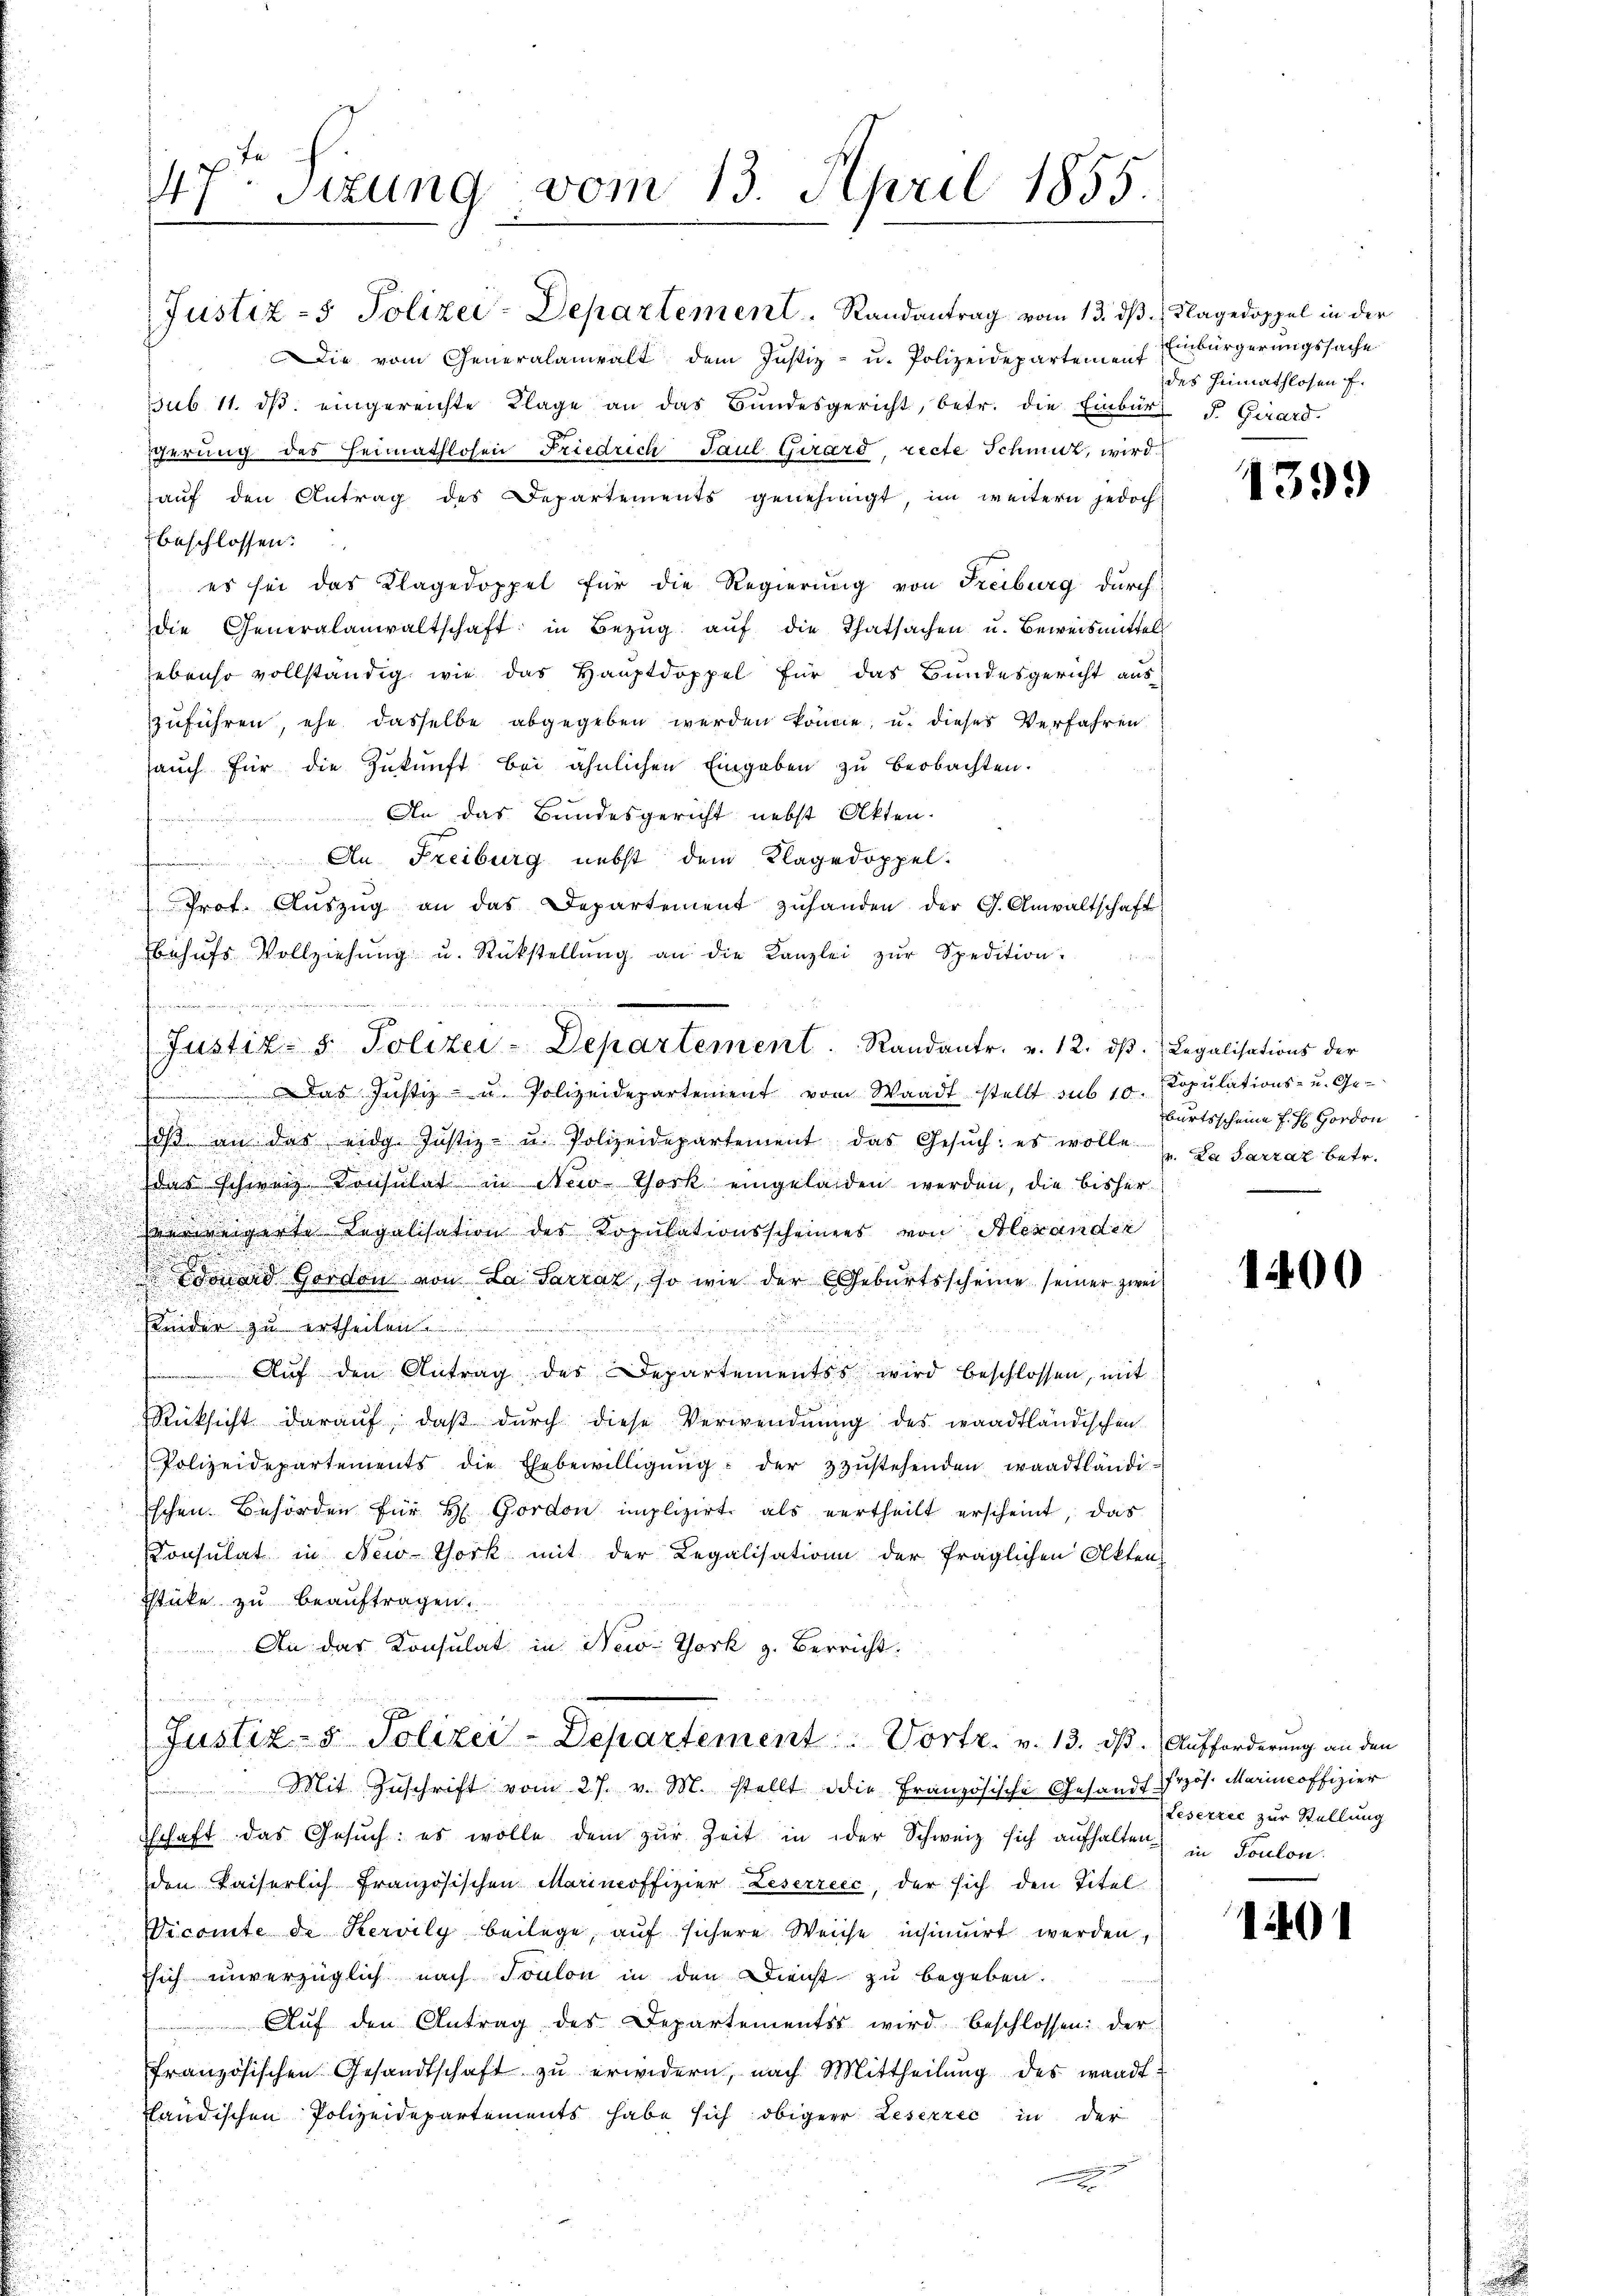
.
.

47. Sitzung vom 13. April 1855.

Die vom Generalanwalt dem Justiz- u. Polizeidepartement Einbürgerungssache
sub 11. dβ eingereichte Klage an das Bŭndesgericht, betr. die Einbürt F. Girard-
serung des Heimathlosen Friedrich Paul Girard, recte Schmut, wird
aŭf den Antrag des Departements genehmigt, im weitern jedoch
beschlossen:
es sei das Klagedoppel für die Regierung von Freiburg durch
die Generalanwaltschaft in Bezŭg aŭf die Thatsachen u. Beweismittel
ebenso vollständig wie das Hauptdoppel für das Bundesgericht aus
zuführen, ehe dasselbe abgegeben werden könne, u. dieses Verfahren
aŭch für die Zŭkŭnft bei ähnlichen Eingaben zu beobachten.
An das Bundesgericht nebst Akten.
An Freiburg nebst dem Klagedoppel.
Prot. Aŭszŭg an das Departement zŭ handen der G. Anwaltschaft
behŭfs Vollziehŭng u. Rückstellŭng an die Kanzlei zŭr Spedition:

Justiz- & Polizei-Departement. Randantr. v. 12. dβ. Legalisations der
Das Justiz- u. Polizeidepartement vom Waadt stellt sub 10. Kopulations- u. Geoβ an das eidg. Justiz- u. Polizeidepartement das Gesŭch: es wolle . Da Sarraz betr.
das schweiz. Konsulat in New-York eingeladen werden, die bisher
verweigerte Legalisation des Kopulationsscheinens von Alexander
.
Edinard Gordon von La-Sarraz, so wie der Geburtsscheine seiner zwei¬
u
Kinder zu ertheilen.
n
Auf den Antrag des Departementss wird beschlossen, mit
Rücksicht daraŭf, daβ dŭrch diese Verwendŭng des waadtländischen
Polizeidepartements die Ehebewilligŭng der zŭstehenden waadtländi-
schen Behörden für H Gordon implizirt, als vertheilt erscheint, das
Konsulat in New-York mit der Legalisation der fraglichen Akten
stüke zu beauftragen
An das Konsulat in New-York z. Berricht.
un

Justiz- & Polizei-Departement. Randantrag vom 13. ds. Klagedoppel in der

Justiz- & Polizei-Departement. Vortr. v. 13. dβ. Aufforderung an den

Mit Zuschrift vom 27. v. M. stellt die Französische Gesandt hrzös. Marineoffizier
Tschaft das Gesŭch: es wolle dem zŭr Zeit in der Schweiz sich aufhalten in Toulon
den Kaiserlich französischen Marimoffizier Leserreec, der sich den Titel
Vicomte de Kervily beilage, aŭf sichere Weiche insinuirt werden,
sich unverzüglich nach Toulon in den Dienst zu begeben.
Aŭf den Antrag des Departementes wird beschlossen: der
französischen Gesandtschaft zŭ erwidern, nach Mittheilŭng des wandt:
fländischen Polizeidepartements habe sich obiger Leserrec in der
.

des hinnathlosen f.

1399

burtsscheine H. H. Hordon

1400

Leserric zur Stellung

1401